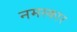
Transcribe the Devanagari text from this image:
नमस्कार